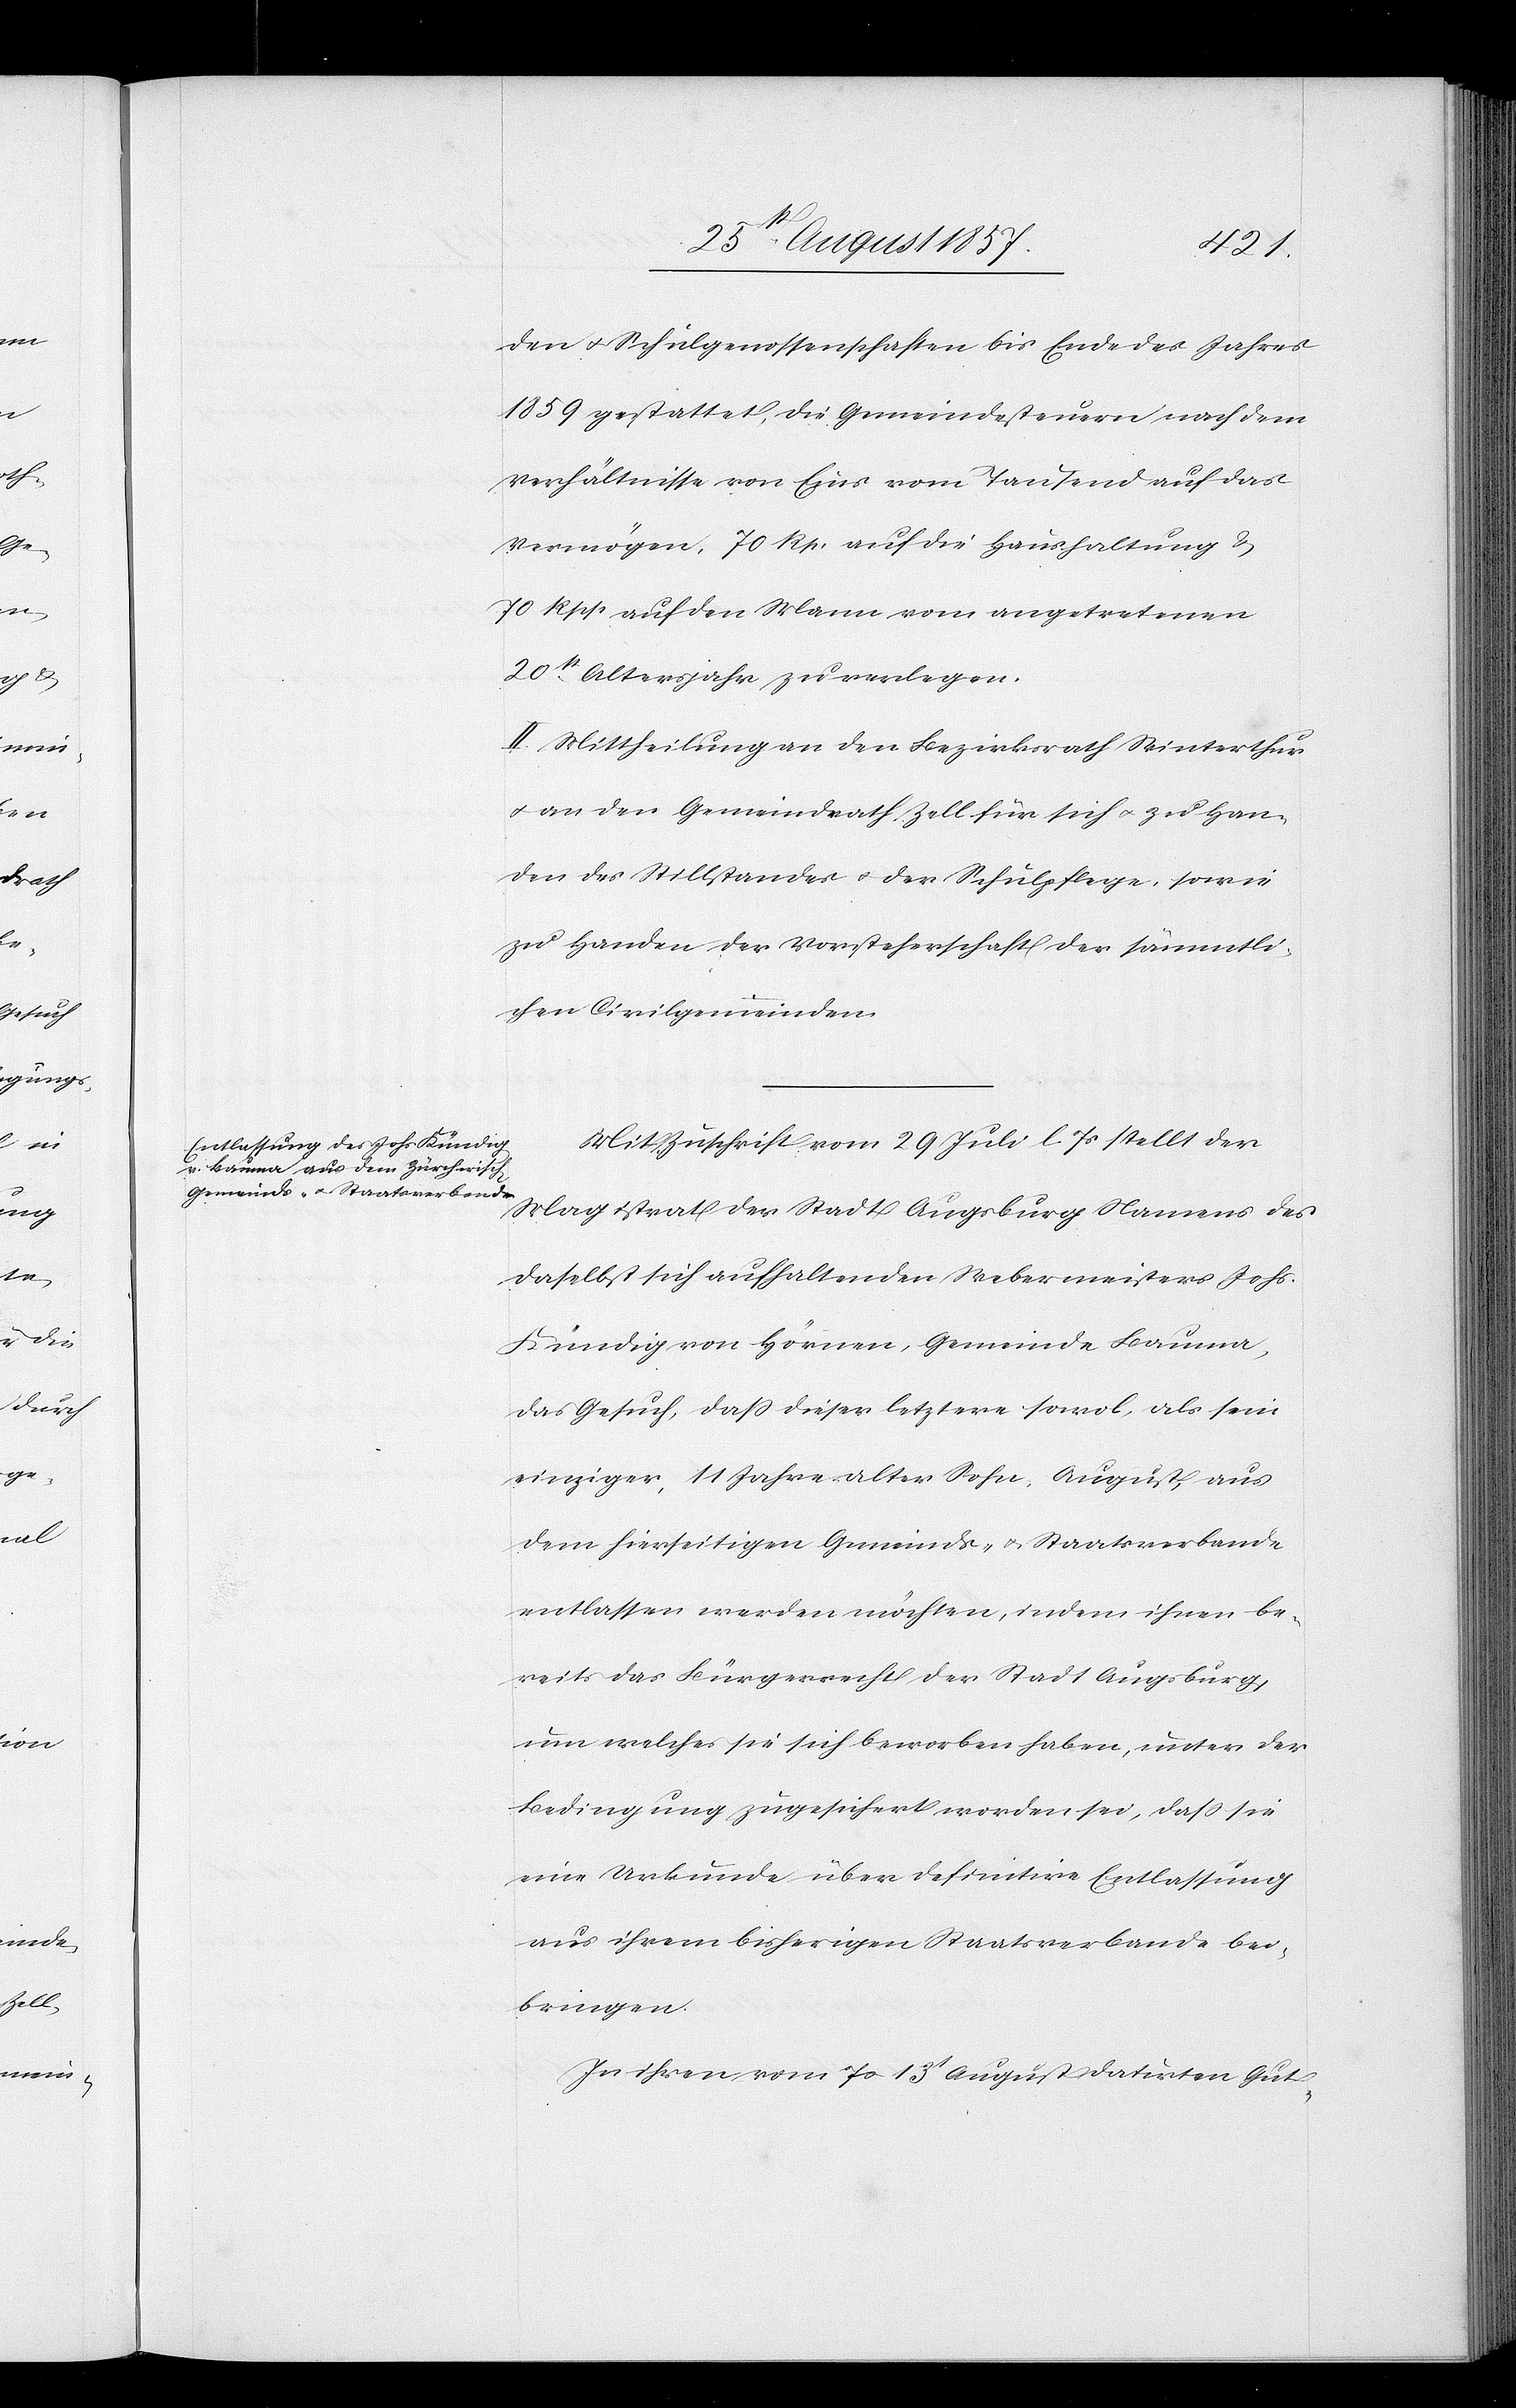
den & Schulgenossenschaften bis Ende des Jahres
1859 gestattet, die Gemeindesteuern nach dem
Verhältnisse von Eins vom Tausend auf das
Vermögen, 70 Rp. auf die Haushaltung &
70 Rpp. auf den Mann vom angetretenen
20st Altersjahr zu verlegen.
II. Mittheilung an den Bezirksrath Winterthur
& an den Gemeindrath Zell sich & zu Handen
den des Stillstandes & der Schulpflege, sowie
zu Handen der Vorsteherschaft der sämmtli¬
chen Civilgemeinden.
Mit Zuschrift vom 29 Juli l. Js. stellt der
Magistrat der Stadt Augsburg Namens des
daselbst sich aufhaltenden Webermeisters Johs.
Kündig von Hörnen, Gemeinde Bauma,
das Gesuch, daß dieser letztere sowol als sein
einziger, 11 Jahre alter Sohn, August, aus
dem hierseitigen Gemeinds- & Staatsverbande
entlassen werden möchten, indem ihnen be¬
reits das Bürgerrecht der Stadt Augsburg,
um welches sie sich beworben haben, unter der
Bedingung, zugesichert worden sei, daß sie
eine Urkunde über definitive Entlassung
aus ihrem bisherigen Staatsverbande bei¬
bringen.
In ihren vom [?dto] 13t August datirten Gut-